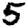
Digit: 5